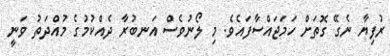
ރުފިޔާ ނެގޭ ގޮތަށް ހަމަޖައްސާފައެވެ. މި ލޯނުވެސް އަނބުރާ ދެއްކުމުގެ މުއްދަތު ވަނީ